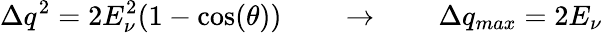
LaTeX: \Delta q^{2}=2E_{\nu}^{2}(1-\cos(\theta))\qquad\rightarrow\qquad\Delta q_{max}=2E_{\nu}